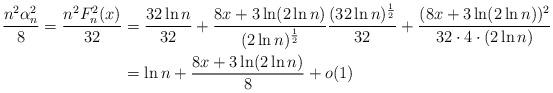
LaTeX: \begin{align*}\frac{n^2\alpha_n^2}{8}=\frac{n^2F_n^2(x)}{32}&=\frac{32\ln n}{32}+\frac{8x+3\ln(2\ln n)}{(2\ln n)^{\frac{1}{2}}}\frac{(32\ln n)^{\frac{1}{2}}}{32}+\frac{(8x+3\ln(2\ln n))^2}{32\cdot4\cdot(2\ln n)}\\&=\ln n+\frac{8x+3\ln(2\ln n)}{8}+o(1)\end{align*}